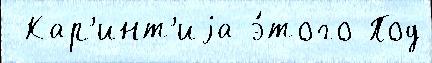
 Кар'инт'иjа э́того Под